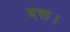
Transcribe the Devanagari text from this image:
दत्त।